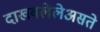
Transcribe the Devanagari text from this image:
दाखवलेलेअसते